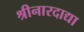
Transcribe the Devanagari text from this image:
श्रीनारदाद्या